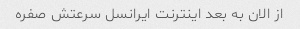
از الان به بعد اینترنت ایرانسل سرعتش صفره